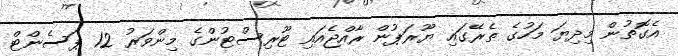
އެގޮތުން މިދިޔަ މަހުގެ ތެރޭގައި ޔޫރަޕުން ރާއްޖެއައި ޓޫރިސްޓުންގެ މިންވަރު 12 ޕަސެންޓް